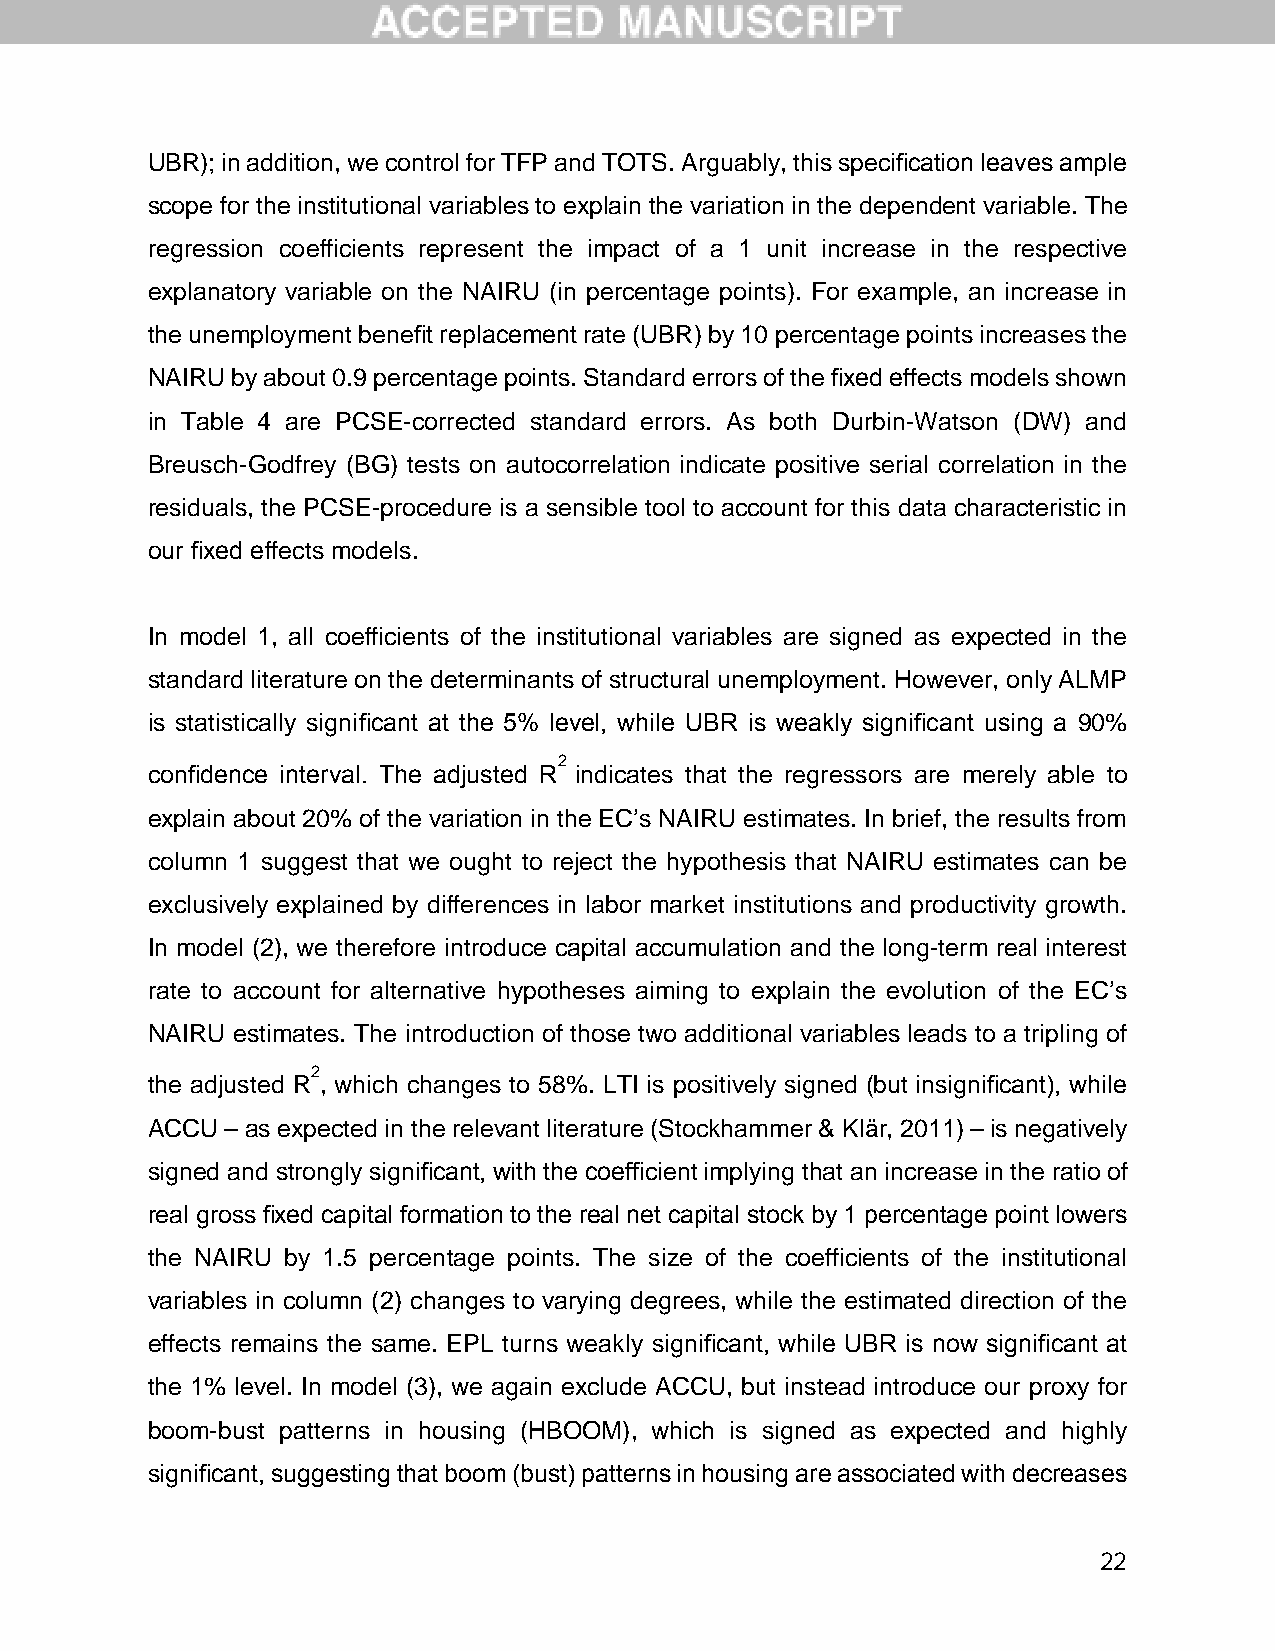
UBR); in addition, we control for TFP and TOTS. Arguably, this specification leaves ample
 scope for the institutional variables to explain the variation in the dependent variable. The
 regression coefficients represent the impact of a 1 unit increase in the respective
 explanatory variable on the NAIRU (in percentage points). For example, an increase in
 the unemployment benefit replacement rate (UBR) by 10 percentage points increases the
 NAIRU by about 0.9 percentage points. Standard errors of the fixed effects models shown
 in Table 4 are PCSE-corrected standard errors. As both Durbin-Watson (DW) and
 Breusch-Godfrey (BG) tests on autocorrelation indicate positive serial correlation in the
 residuals, the PCSE-procedure is a sensible tool to account for this data characteristic in
 our fixed effects models.
 In model 1, all coefficients of the institutional variables are signed as expected in the
 standard literature on the determinants of structural unemployment. However, only ALMP
 is statistically significant at the 5% level, while UBR is weakly significant using a 90%
 2
 confidence interval. The adjusted R indicates that the regressors are merely able to
 explain about 20% of the variation in the EC’s NAIRU estimates. In brief, the results from
 column 1 suggest that we ought to reject the hypothesis that NAIRU estimates can be
 exclusively explained by differences in labor market institutions and productivity growth.
 In model (2), we therefore introduce capital accumulation and the long-term real interest
 rate to account for alternative hypotheses aiming to explain the evolution of the EC’s
 NAIRU estimates. The introduction of those two additional variables leads to a tripling of
 2
 the adjusted R , which changes to 58%. LTI is positively signed (but insignificant), while
 ACCU – as expected in the relevant literature (Stockhammer & Klär, 2011) – is negatively
 signed and strongly significant, with the coefficient implying that an increase in the ratio of
 real gross fixed capital formation to the real net capital stock by 1 percentage point lowers
 the NAIRU by 1.5 percentage points. The size of the coefficients of the institutional
 variables in column (2) changes to varying degrees, while the estimated direction of the
 effects remains the same. EPL turns weakly significant, while UBR is now significant at
 the 1% level. In model (3), we again exclude ACCU, but instead introduce our proxy for
 boom-bust patterns in housing (HBOOM), which is signed as expected and highly
 significant, suggesting that boom (bust) patterns in housing are associated with decreases
 22